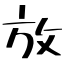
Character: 放